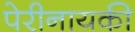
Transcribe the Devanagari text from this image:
पेरीनायकी